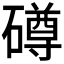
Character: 𥖁